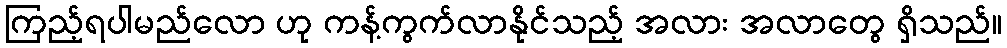
ကြည့်ရပါမည်လော ဟု ကန့်ကွက်လာနိုင်သည့် အလား အလာတွေ ရှိသည်။